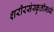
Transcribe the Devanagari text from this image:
शरीरसंस्कृतीमध्ये